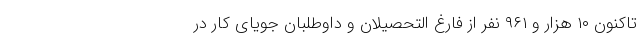
تاکنون ۱۰ هزار و ۹۶۱ نفر از فارغ التحصیلان و داوطلبان جویای کار در